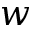
w